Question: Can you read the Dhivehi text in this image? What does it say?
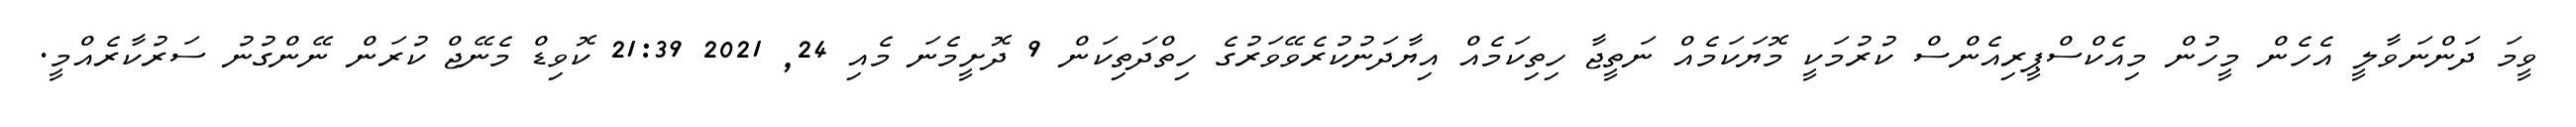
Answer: ވީމަ ދަންނަވާލީ އެހެން މީހުން މިއެކްސްޕީރިއެންސް ކުރުމަކީ މޮޔަކަމެއް ނަތީޖާ ހިތިކަމެއް އިޔާދަނުކުރެވޭވަރުގެ ހިތްދަތިކަން 9 ދޮށީމެނަ މެއި 24, 2021 21:39 ކޮވިޑް މެނޭޖް ކުރަން ނޭންގުނު ސަރުކާރެއްމީ.